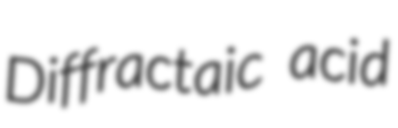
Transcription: Diffractaic acid